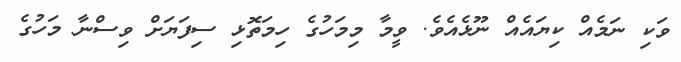
ވަކި ނަމެއް ކިޔައެއް ނޫޅެއެވެ. ވީމާ މިމަހުގެ ހިމަތޮޅި ސިފަޔަށް ވިސްނާ މަހުގެ